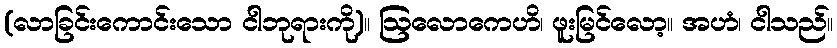
(လာခြင်းကောင်းသော ငါဘုရားကို)။ ဩလောကေဟိ၊ ဖူးမြင်လော့။ အဟံ၊ ငါသည်။